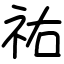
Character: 祐